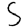
Digit: 5